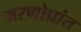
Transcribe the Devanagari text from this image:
मरणोप्रांत